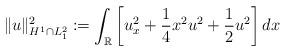
LaTeX: \begin{align*}\| u \|_{H^1 \cap L^2_1}^2 := \int_{\mathbb{R}} \left[ u_x^2 + \frac{1}{4} x^2 u^2 + \frac{1}{2} u^2 \right] dx\end{align*}